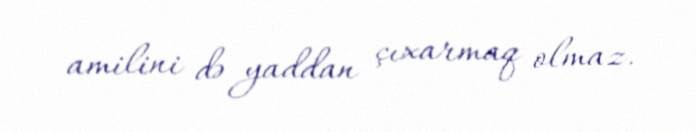
amilini də yaddan çıxarmaq olmaz.